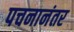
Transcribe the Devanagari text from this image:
पचनानंतर